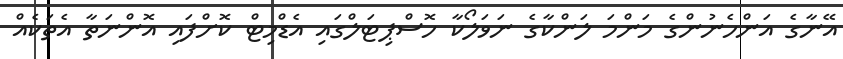
އޭނާގެ އަންހެނުންގެ މަންމަ ލަންކާގެ ނަވަލޯކާ ހޮސްޕިޓަލްގައި އެޑްމިޓް ކޮށްފައި އޮންނަތާ އެތަކެއް